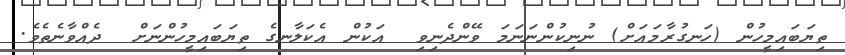
ތިޔަބައިމީހުން (ހަނގުރާމައަށް) ނުނިކުންނަނަމަ ވޭންދެނިވި  އަކުން އެކަލާނގެ ތިޔަބައިމީހުންނަށް  ދެއްވާނެތެވެ.